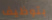
بتوظيف